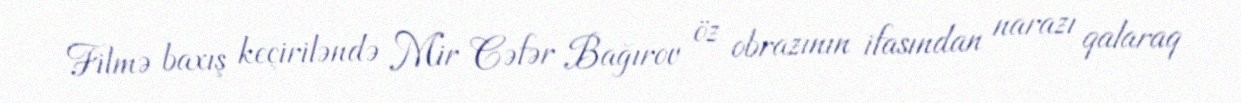
Filmə baxış keçiriləndə Mir Cəfər Bağırov öz obrazının ifasından narazı qalaraq